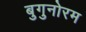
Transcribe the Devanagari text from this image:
बुगुनोरम